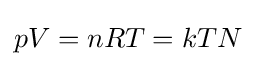
pV=nRT=kTN